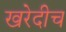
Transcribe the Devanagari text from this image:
खरेदीच